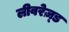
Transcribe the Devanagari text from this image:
लीवरेज़्ड